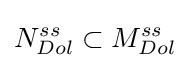
N_{Dol}^{ss}\subset M_{Dol}^{ss}